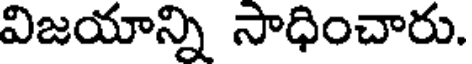
విజయాన్ని సాధించారు.